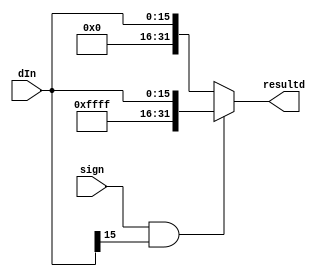

module signExt (resultd, dIn, sign);
	output wire [31:0] resultd;
	input [15:0] dIn;
	input sign;
	
	assign resultd = (sign && dIn[15] == 1) ? {16'b1111111111111111, dIn[15:0]}:{16'b0, dIn[15:0]};


endmodule